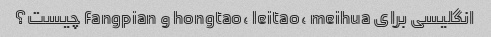
انگلیسی برای hongtao، leitao، meihua و fangpian چیست؟